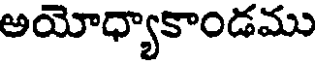
అయోధ్యాకాండము